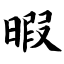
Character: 暇